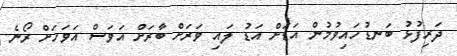
ދަރިފުޅު ބަނޑުހައިވުމުން އަޑަށް އަޑު ލައި ވަރަށް ބާރަށް އަވަސް އަވަހަށް ރޯނެ